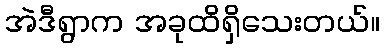
အဲဒီရွာက အခုထိရှိသေးတယ်။